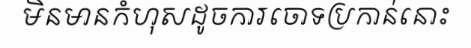
មិនមានកំហុសដូចការចោទប្រកាន់នោះ